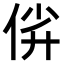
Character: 𫢡